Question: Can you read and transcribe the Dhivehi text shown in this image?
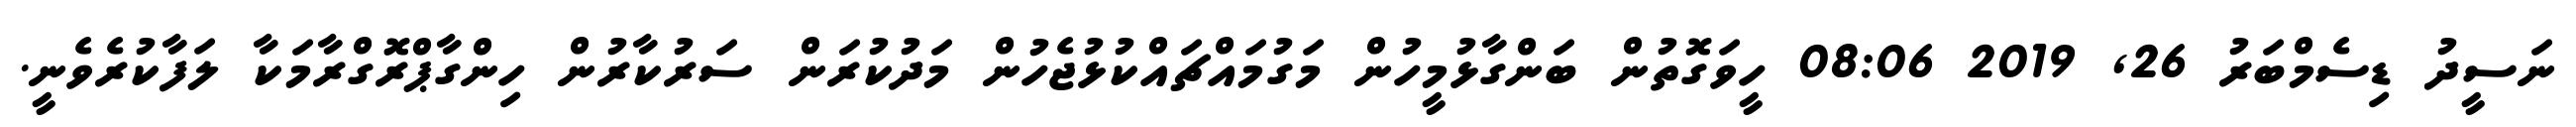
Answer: ނަސީދު ޑިސެމްބަރު 26, 2019 08:06 ހީވަގޮތުން ބަންގާޅުމީހުން މަގުމައްޗައްކުޅުޖެހުން މަދުކުރަން ސަރުކާރުން ހިންގާޕްރޮގްރާމަކާ ލަފާކުރެވެނީ.